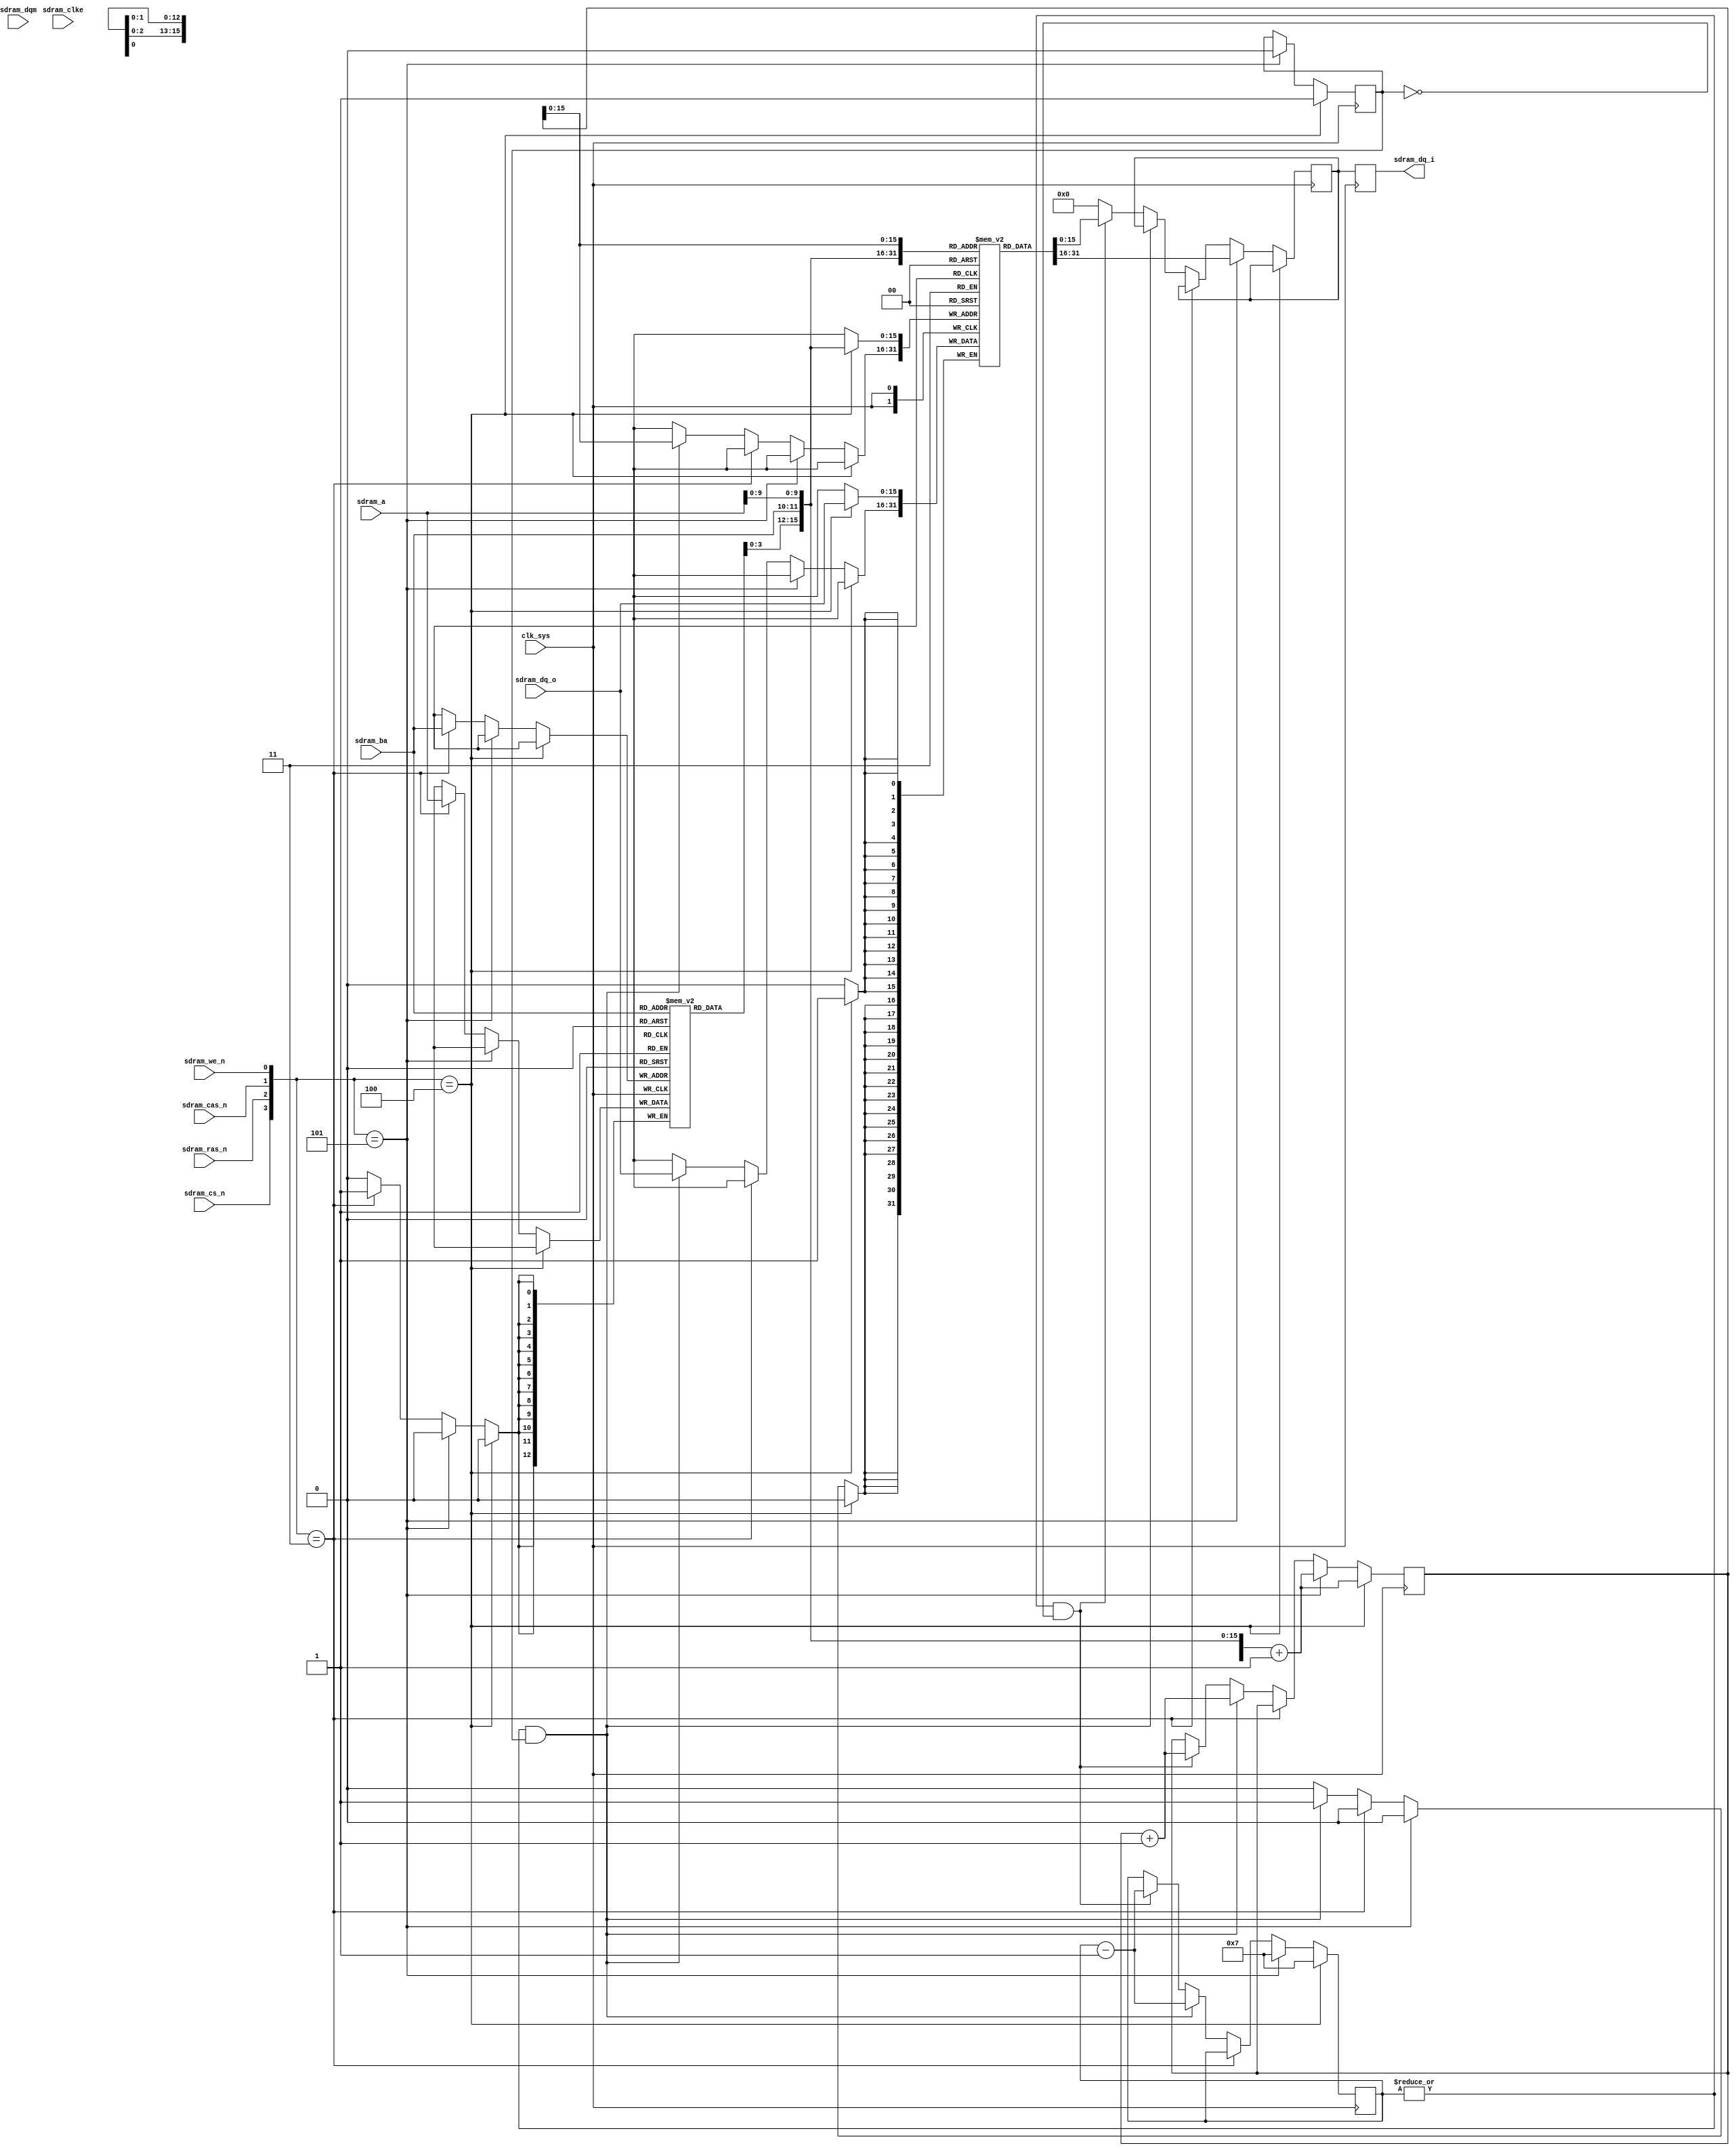
/*****************************************************************************\
|                        Copyright (C) 2021 Luke Wren                         |
|                     SPDX-License-Identifier: Apache-2.0                     |
\*****************************************************************************/

// Bare-minimum SDRAM model. Supports BankActivate, Read, Write. If the SDRAM
// controller is operating correctly, this model will return the correct data.
// No other guarantees.
//
// This is "synthesisable" (i.e. uses synthesisable constructs only) but is
// not something you would want to synthesise.

`default_nettype none

module sdram_model #(
	parameter W_BANKSEL   = 2,
	parameter W_ADDR      = 13,
	parameter W_DATA      = 16,
	parameter W_ROW       = 13,
	parameter W_COL       = 10,

	// Fixed-size bursts only. Wrapping is not implemented.
	parameter CAS_LATENCY = 2,
	parameter BURST_LEN   = 8
) (
	input  wire                 clk_sys, // Would use sdram_clk but CXXRTL is being weird

	input  wire [W_BANKSEL-1:0] sdram_ba,
	input  wire [W_ADDR-1:0]    sdram_a,
	input  wire [W_DATA/8-1:0]  sdram_dqm,

	input  wire [W_DATA-1:0]    sdram_dq_o,
	output wire [W_DATA-1:0]    sdram_dq_i,

	input  wire                 sdram_clke,
	input  wire                 sdram_cs_n,
	input  wire                 sdram_ras_n,
	input  wire                 sdram_cas_n,
	input  wire                 sdram_we_n
);

localparam W_FULL_ADDR = W_ROW + W_BANKSEL + W_COL;
localparam N_BANKS = 1 << W_BANKSEL;

// Shrink memory so we can trace it. 128 kiB is more than we need.
// localparam DEPTH = 1 << W_FULL_ADDR;
localparam DEPTH = 1 << 16;

reg [W_ROW-1:0] bank_addr [0:N_BANKS-1];

reg [W_DATA-1:0] mem [0:DEPTH-1];
reg [W_FULL_ADDR-1:0] burst_addr;
reg [W_DATA-1:0] rdata;

wire [3:0] sdram_cmd = {sdram_cs_n, sdram_ras_n, sdram_cas_n, sdram_we_n};
localparam CMD_ACTIVATE = 4'b0011;
localparam CMD_READ     = 4'b0101;
localparam CMD_WRITE    = 4'b0100;

reg [7:0] burst_count;
reg       burst_is_write;

wire [W_FULL_ADDR-1:0] bus_addr = {
	bank_addr[sdram_ba],
	sdram_ba,
	sdram_a[W_COL-1:0]
};

always @ (negedge clk_sys) begin
	if (sdram_cmd == CMD_WRITE) begin
		mem[bus_addr] <= sdram_dq_o;
		burst_is_write <= 1'b1;
		burst_addr <= bus_addr + 1'b1;
		burst_count <= BURST_LEN - 1;
	end else if (sdram_cmd == CMD_READ) begin
		rdata <= mem[bus_addr];
		burst_is_write <= 1'b0;
		burst_addr <= bus_addr + 1'b1;
		burst_count <= BURST_LEN - 1;
	end else if (sdram_cmd == CMD_ACTIVATE) begin
		bank_addr[sdram_ba] <= sdram_a;
	end else if (|burst_count && burst_is_write) begin
		mem[burst_addr] <= sdram_dq_o;
		burst_addr <= burst_addr + 1'b1;
		burst_count <= burst_count - 1;
	end else if (|burst_count && !burst_is_write) begin
		rdata <= mem[burst_addr];
		burst_addr <= burst_addr + 1'b1;
		burst_count <= burst_count - 1;
	end else begin
		rdata <= {W_DATA{1'b0}};
	end
end

reg [W_DATA-1:0] dq_i_delay [0:CAS_LATENCY-2];

always @ (negedge clk_sys) begin: dq_delay_shift
	integer i;
	dq_i_delay[0] <= rdata;
	for (i = 1; i < CAS_LATENCY - 1; i = i + 1) begin
		dq_i_delay[i] <= dq_i_delay[i - 1];
	end
end

assign sdram_dq_i = dq_i_delay[CAS_LATENCY - 2];

reg wtf;

always @ (posedge clk_sys) begin
	wtf <= !wtf;
end

reg wtf_n;

always @ (negedge clk_sys) begin
	if (sdram_cmd == CMD_WRITE)
		wtf_n <= !wtf_n;
end

endmodule

`ifndef YOSYS
`default_nettype wire
`endif